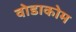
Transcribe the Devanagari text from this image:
वोडाकोम